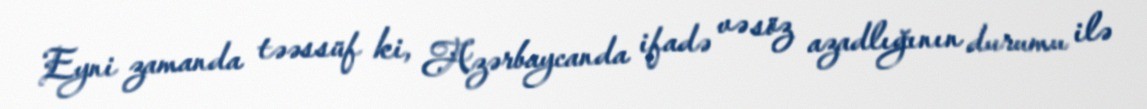
Eyni zamanda təəssüf ki, Azərbaycanda ifadə və söz azadlığının durumu ilə